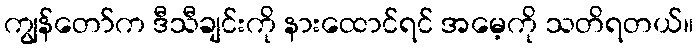
ကျွန်တော်က ဒီသီချင်းကို နားထောင်ရင် အမေ့ကို သတိရတယ်။